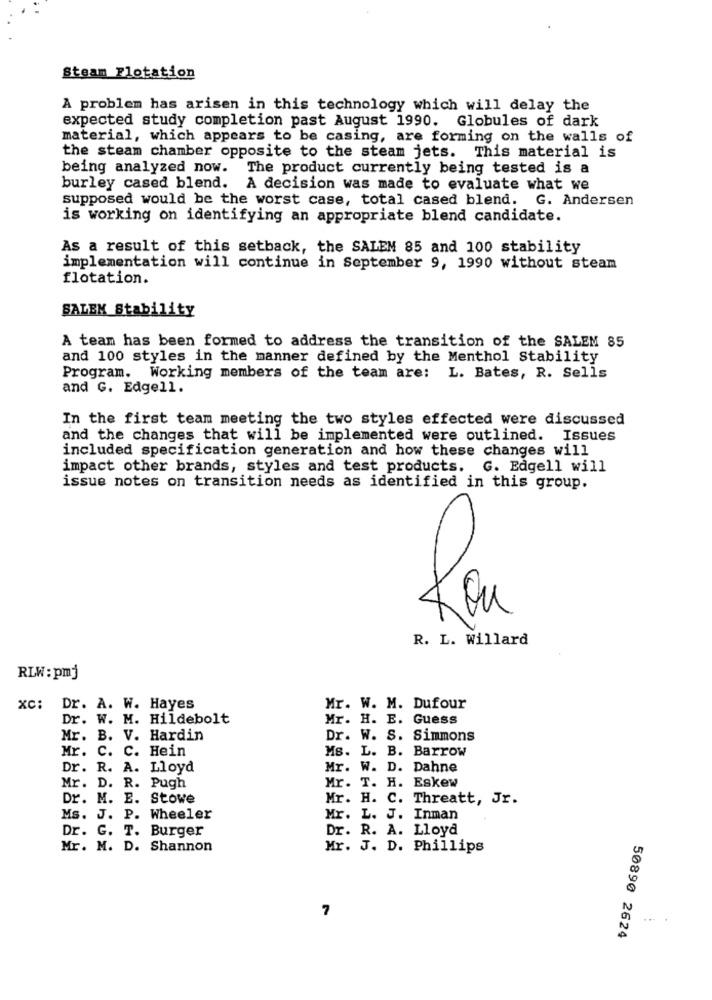
Steam Flotation
A problem has arisen in this technology which will delay the
expected study completion past August 1990. Globules of dark
material, which appears to be casing, are forming on the walls of
the steam chamber opposite to the steam jets. This material is
being analyzed now.
The product currently being tested is a
burley cased blend.
A decision was made to evaluate what we
supposed would be the worst case, total cased blend. G. Andersen
is working on identifying an appropriate blend candidate.
As a result of this setback, the SALEM 85 and 100 stability
implementation will continue in September 9, 1990 without steam
flotation.
SALEM Stability
A team has been formed to address the transition of the SALEM 85
and 100 styles in the manner defined by the Menthol Stability
Program. Working members of the team are: L. Bates, R. Sells
and G. Edgell.
In the first team meeting the two styles effected were discussed
and the changes that will be implemented were outlined. Issues
included specification generation and how these changes will
impact other brands, styles and test products. G. Edgell will
issue notes on transition needs as identified in this group.
R. L. Willard
RLW : pmj
xc: Dr. A. W. Hayes
Mr. W. M. Dufour
Dr. W. M. Hildebolt
Mr. H. E. Guess
Mr. B. V. Hardin
Dr. W. S. Simmons
Mr. C. C. Hein
Ms. L. B. Barrow
Dr. R. A. Lloyd
Mr. W. D. Dahne
Mr. T. H. Eskew
Mr. D. R. Pugh
Dr. M. E. Stowe
Mr. H. C. Threatt, Jr.
Ms. J. P. Wheeler
Mr. L. J. Inman
Dr. G. T. Burger
Dr. R. A. Lloyd
Mr. M. D. Shannon
Mr. J. D. Phillips
7
50890 2624